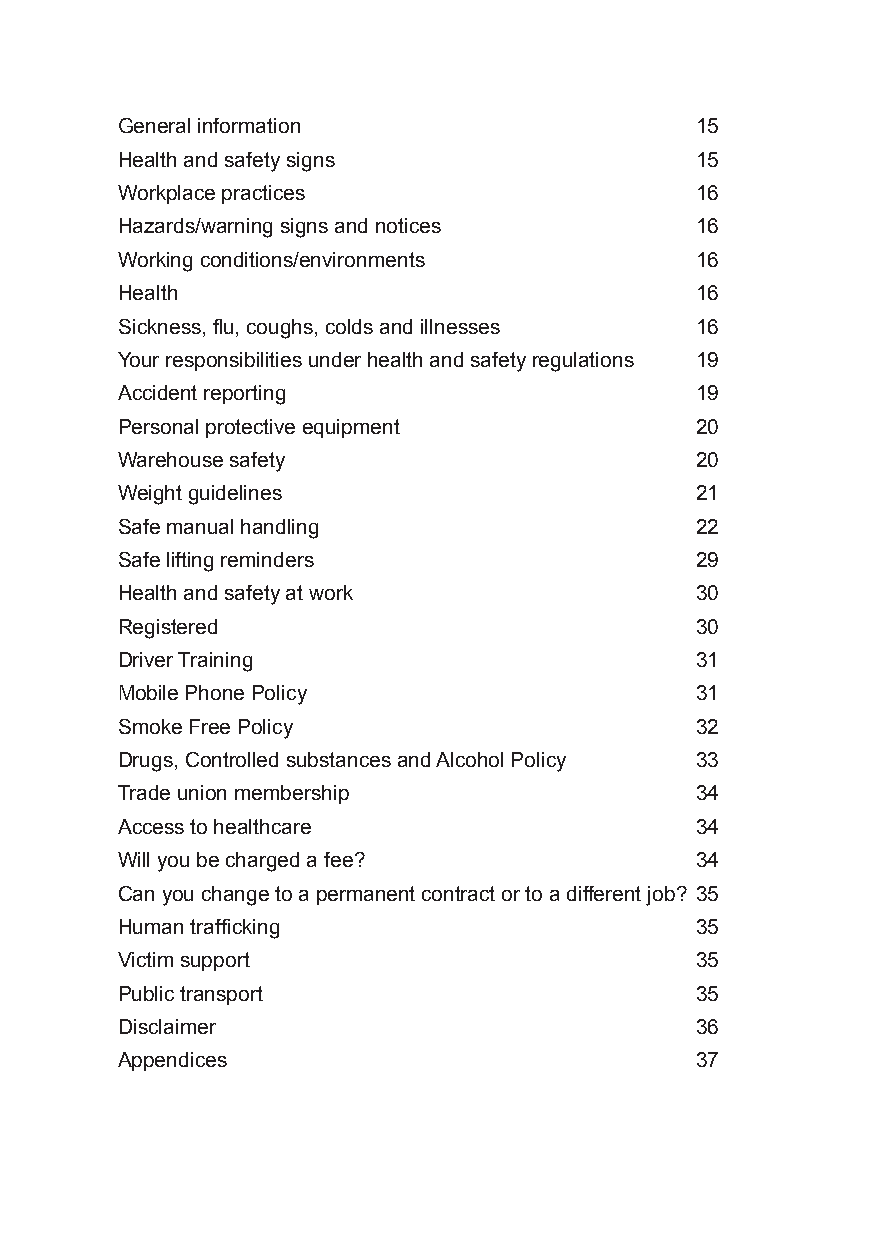
General information                   15
 Health and safety signs               15
 Workplace practices                   16
 Hazards/warning signs and notices     16
 Working conditions/environments       16
 Health                                16
 Sickness, flu, coughs, colds and illnesses 16
 Your responsibilities under health and safety regulations 19
 Accident reporting                    19
 Personal protective equipment         20
 Warehouse safety                      20
 Weight guidelines                     21
 Safe manual handling                  22
 Safe lifting reminders                29
 Health and safety at work             30
 Registered                            30
 Driver Training                       31
 Mobile Phone Policy                   31
 Smoke Free Policy                     32
 Drugs, Controlled substances and Alcohol Policy 33
 Trade union membership                34
 Access to healthcare                  34
 Will you be charged a fee?            34
 Can you change to a permanent contract or to a different job? 35
 Human trafficking                     35
 Victim support                        35
 Public transport                      35
 Disclaimer                            36
 Appendices                            37